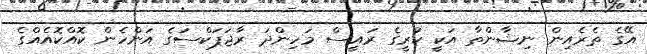
އޭގެ ތެރެއިން ނިޝާންތާ އަކީ ކުރީގެ ރައީސް މަހިންދަ ރާޖަޕަކްސަގެ އަންހެން ކޮއްކޮއެއްގެ